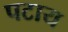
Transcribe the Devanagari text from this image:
पटाय